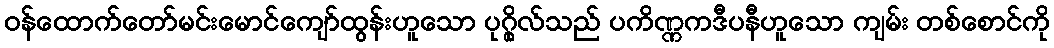
ဝန်ထောက်တော်မင်းမောင်ကျော်ထွန်းဟူသော ပုဂ္ဂိုလ်သည် ပကိဏ္ဏကဒီပနီဟူသော ကျမ်း တစ်စောင်ကို